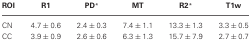
<table><thead><tr><td><b>ROI</b></td><td><b>R1</b></td><td><b>PD *</b></td><td><b>MT</b></td><td><b>R2 *</b></td><td><b>T1w</b></td></tr></thead><tbody><tr><td>CN</td><td>4.7 ± 0.6</td><td>2.4 ± 0.3</td><td>7.4 ± 1.1</td><td>13.3 ± 1.3</td><td>3.3 ± 0.5</td></tr><tr><td>CC</td><td>3.9 ± 0.9</td><td>2.6 ± 0.6</td><td>6.3 ± 1.3</td><td>15.7 ± 7.9</td><td>2.7 ± 0.7</td></tr></tbody></table>